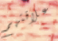
علاقتهم